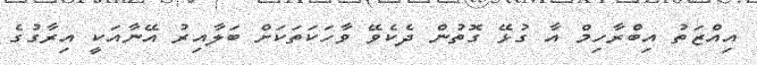
އިއްޒަތު އިބްރާހިމް އާ ގުޅޭ ގޮތުން ދެކެވޭ ވާހަކަތަކަށް ބަލާއިރު އޭނާއަކީ އިރާގުގެ